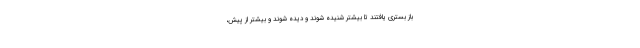
باز بستری یافتند تا بیشتر شنیده شوند و دیده شوند و بیشتر از پیش،